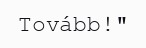
Tovább!"